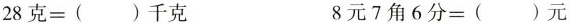
28克=()千克 8元7角6分=()元